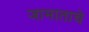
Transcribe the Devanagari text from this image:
जामाताचे